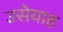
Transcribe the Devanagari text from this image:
उसेयाह